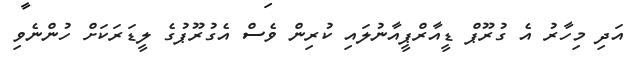
އަދި މިހާރު އެ ގުރޫޕް ޑީއާރްޕީއާނުލައި ކުރިން ވެސް އެގުރޫޕުގެ ލީޑަރަކަށް ހުންނެވި